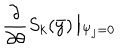
LaTeX: \frac { \partial } { \partial \theta } S _ { k } ( \bar { y } ) \left| _ { \Psi _ { j } = 0 } \right.